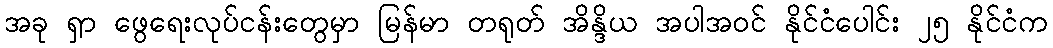
အခု ရှာ ဖွေရေးလုပ်ငန်းတွေမှာ မြန်မာ တရုတ် အိန္ဒိယ အပါအဝင် နိုင်ငံပေါင်း ၂၅ နိုင်ငံက